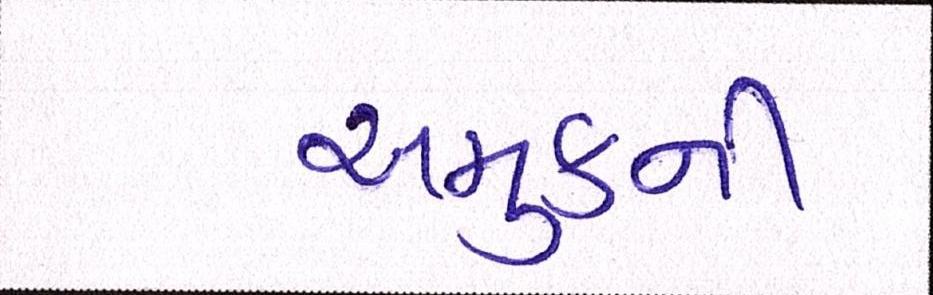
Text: અમુકની